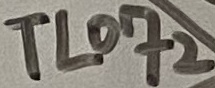
Text: TL072